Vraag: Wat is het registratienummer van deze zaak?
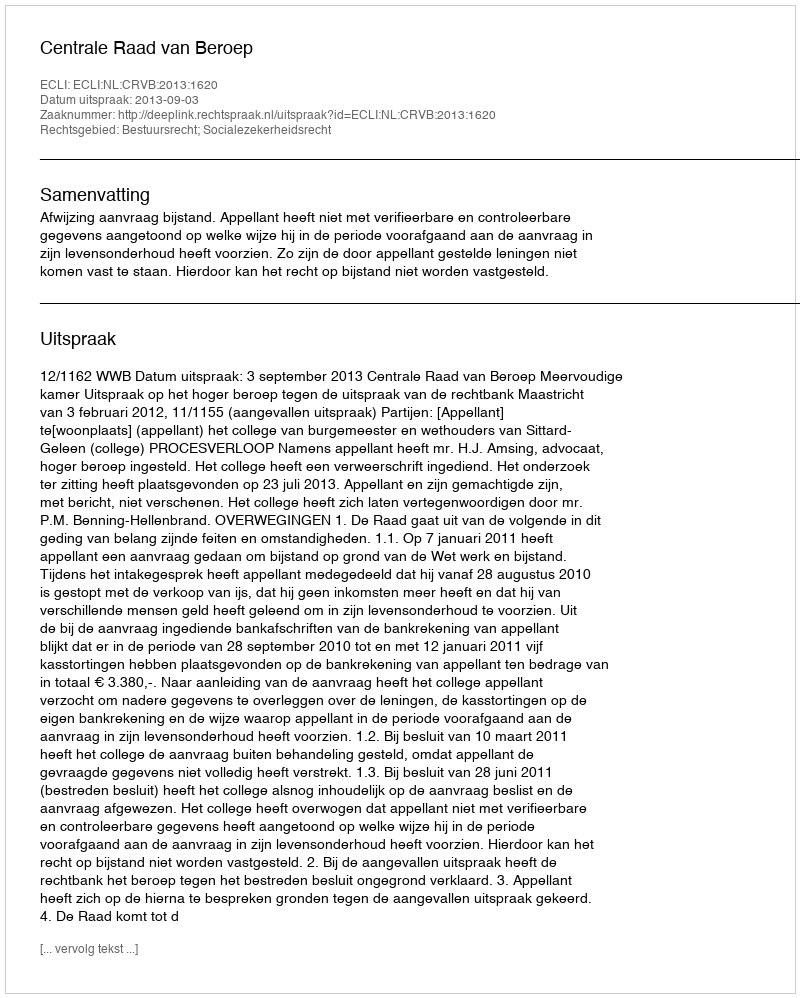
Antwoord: http://deeplink.rechtspraak.nl/uitspraak?id=ECLI:NL:CRVB:2013:1620